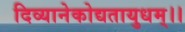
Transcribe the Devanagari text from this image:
दिव्यानेकोद्यतायुधम्‌।।